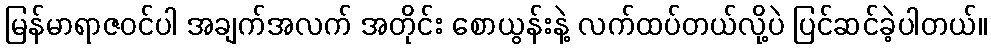
မြန်မာရာဇဝင်ပါ အချက်အလက် အတိုင်း စောယွန်းနဲ့ လက်ထပ်တယ်လို့ပဲ ပြင်ဆင်ခဲ့ပါတယ်။